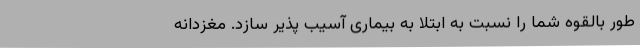
طور بالقوه شما را نسبت به ابتلا به بیماری آسیب پذیر سازد. مغزدانه